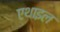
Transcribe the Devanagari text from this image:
एथाइल